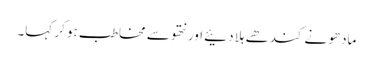
مادھو نے کندھے ہلا دئیے اور نتھو سے مخاطب ہو کر کہا۔